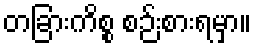
တခြားကိစ္စ စဉ်းစားရမှာ။